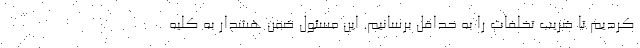
کردیم تا ضریب تخلفات را به حداقل برسانیم. این مسئول ضمن هشدار به کلیه